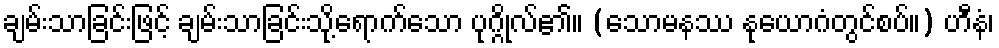
ချမ်းသာခြင်းဖြင့် ချမ်းသာခြင်းသို့ရောက်သော ပုဂ္ဂိုလ်၏။ (သောမနဿ နုယောဂံတွင်စပ်။) ဟီနံ၊